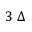
3 \; \Delta